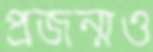
প্রজন্মও